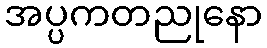
အပ္ပကတညုနော